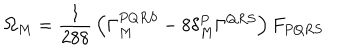
\Omega _ { M } = { \frac { 1 } { 2 8 8 } } \left( \Gamma _ { M } ^ { P Q R S } - 8 \delta _ { M } ^ { P } \Gamma ^ { Q R S } \right) F _ { P Q R S }